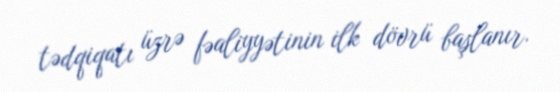
tədqiqatı üzrə fəaliyyətinin ilk dövrü başlanır.